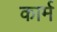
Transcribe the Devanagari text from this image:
कार्म